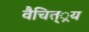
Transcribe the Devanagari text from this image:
वैचित््रय